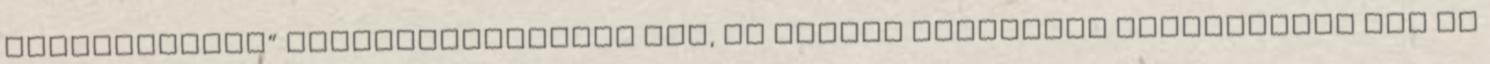
„alacsonyabb” hallóközpontokra hat, és ezeken keresztül változtatja meg az